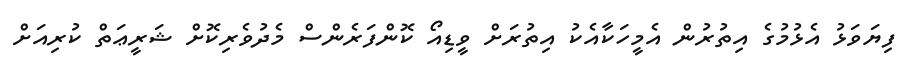
ފިޔަވަޅު އެޅުމުގެ އިތުރުން އެމީހަކާއެކު އިތުރަށް ވީޑިއޯ ކޮންފަރެންސް މެދުވެރިކޮށް ޝަރީޢަތް ކުރިއަށް